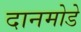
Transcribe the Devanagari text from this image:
दानमोडे